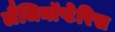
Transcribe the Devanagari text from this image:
लैजिनॉप्टेरिस